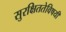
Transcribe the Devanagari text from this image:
सुरक्षिततेविषयी